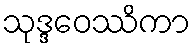
သုဒ္ဒဝေဿိကာ